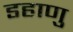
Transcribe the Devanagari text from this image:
डहाणु